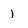
Character: 1